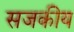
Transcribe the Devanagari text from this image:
सजकीय